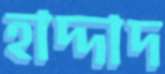
হাদ্দাদ